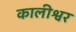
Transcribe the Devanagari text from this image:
कालीश्वर